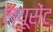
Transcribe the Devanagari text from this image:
ल्यूसेंट